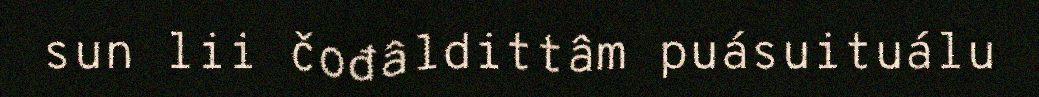
sun lii čođâldittâm puásuituálu